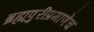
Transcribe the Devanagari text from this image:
ब्रह्मपुरीप्रमाणेच